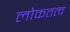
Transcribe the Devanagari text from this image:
लोकतत्‍व